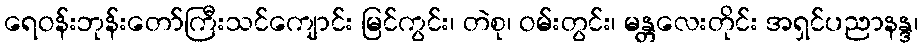
ရေဝန်းဘုန်းတော်ကြီးသင်ကျောင်း မြင်ကွင်း၊ တဲစု၊ ဝမ်းတွင်း၊ မန္တလေးတိုင်း အရှင်ပညာနန္ဒ၊